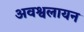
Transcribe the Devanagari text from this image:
अवश्वलायन